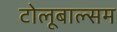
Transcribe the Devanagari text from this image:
टोलूबाल्सम